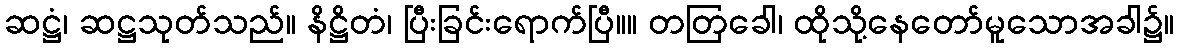
ဆဋ္ဌံ၊ ဆဋ္ဌသုတ်သည်။ နိဋ္ဌိတံ၊ ပြီးခြင်းရောက်ပြီ။။ တတြခေါ၊ ထိုသို့နေတော်မူသောအခါ၌။